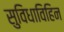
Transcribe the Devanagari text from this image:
सुविधाविहिन